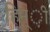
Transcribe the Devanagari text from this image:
हिन्ी